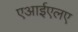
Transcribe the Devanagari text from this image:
एआईएलए